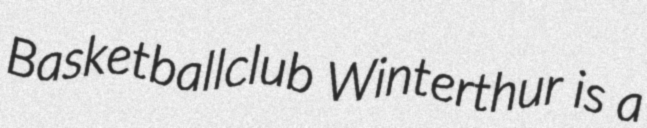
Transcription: Basketballclub Winterthur is a